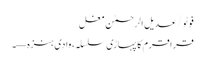
فوٹو/عدیل الرحمٰن مغل
قراقرم کا پہاڑی سلسلہ، وادی ہنزہ—۔